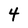
Character: 4